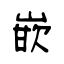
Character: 嵌